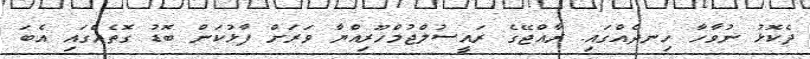
ދެކޮޅު ނުވާހާ ހިނދެއްގައި. ރާއްޖޭގެ ރައީސުލްޖުމްހޫރިއްޔާ ވަރަށް ފާޅުކަން ބޮޑު ގޮތެއްގައި އެބަ